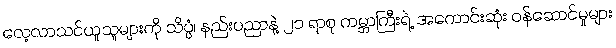
လေ့လာသင်ယူသူများကို သိပ္ပံ၊ နည်းပညာနဲ့ ၂၁ ရာစု ကမ္ဘာကြီးရဲ့ အကောင်းဆုံး ဝန်ဆောင်မှုများ